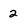
Character: 2